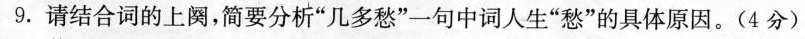
9.请结合词的上阕，简要分析”几多愁”一句中词人生”愁”的具体原因。(4分)